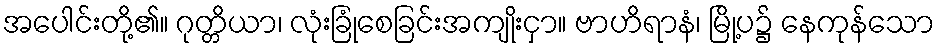
အပေါင်းတို့၏။ ဂုတ္တိယာ၊ လုံးခြုံစေခြင်းအကျိုးငှာ။ ဗာဟိရာနံ၊ မြို့ပ၌ နေကုန်သော